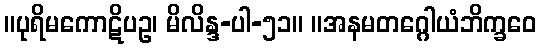
။ပုရိမကောဋိပဥ၊ မိလိန္ဒ-ပါ-၅၁။ ။အနမတဂ္ဂေါယံဘိက္ခဝေ